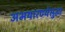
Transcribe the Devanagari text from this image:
अभयारण्येसुद्धा